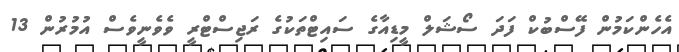
އެހެންކަމުން ފޭސްބުކް ފަދަ ސޯޝަލް މީޑިއާގެ ސައިޓްތަކުގެ ރަޖިސްޓްރީ ވެވެނީވެސް އުމުރުން 13